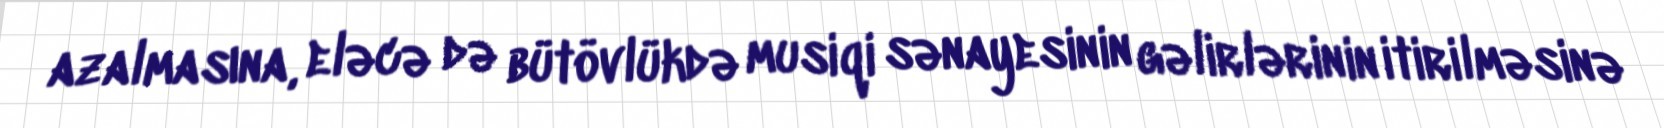
azalmasına, eləcə də bütövlükdə musiqi sənayesinin gəlirlərinin itirilməsinə